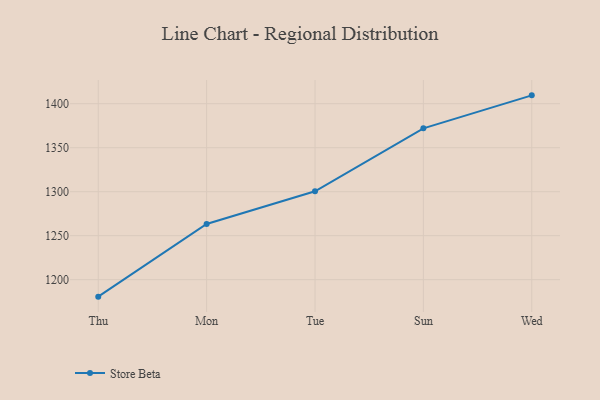
{"axis": {"x": "Day", "y": "Page Views"}, "legend": ["Store Beta"], "data": [{"x": "Thu", "y": 1180.7, "type": "Store Beta"}, {"x": "Mon", "y": 1263.3, "type": "Store Beta"}, {"x": "Tue", "y": 1300.5, "type": "Store Beta"}, {"x": "Sun", "y": 1372.0, "type": "Store Beta"}, {"x": "Wed", "y": 1409.5, "type": "Store Beta"}]}